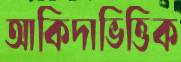
আকিদাভিত্তিক